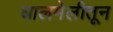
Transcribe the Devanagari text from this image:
घालमेलीतून